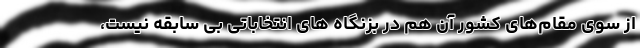
از سوی مقام‌های کشور آن هم در بزنگاه ‌های انتخاباتی بی سابقه نیست،